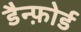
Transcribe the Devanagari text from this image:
डैन्फ़ोर्ड